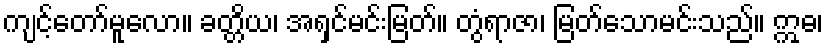
ကျင့်တော်မူလော။ ခတ္တိယ၊ အရှင်မင်းမြတ်။ တွံရာဇာ၊ မြတ်သောမင်းသည်။ ဣဓ၊